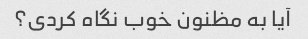
آیا به مظنون خوب نگاه کردی؟